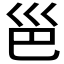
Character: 𪩡